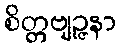
စိတ္တဗျဉ္ဇနာ